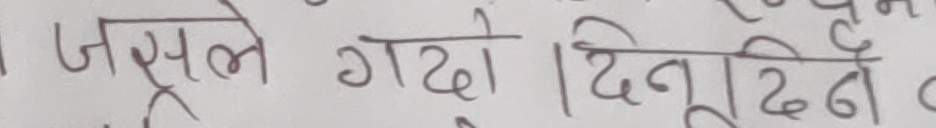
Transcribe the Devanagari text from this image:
जसले गर्दो। दिनु दिने